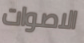
الاصوات